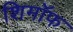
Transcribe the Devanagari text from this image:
शिमॉफ